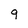
Character: q